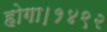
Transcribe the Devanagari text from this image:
होगा।१४९२